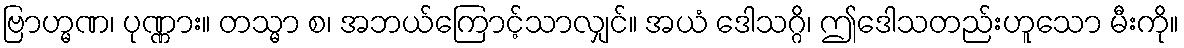
ဗြာဟ္မဏ၊ ပုဏ္ဏား။ တသ္မာ စ၊ အဘယ်ကြောင့်သာလျှင်။ အယံ ဒေါသဂ္ဂိ၊ ဤဒေါသတည်းဟူသော မီးကို။